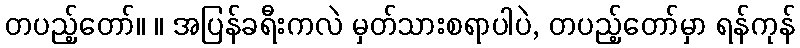
တပည့်တော်။ ။ အပြန်ခရီးကလဲ မှတ်သားစရာပါပဲ, တပည့်တော်မှာ ရန်ကုန်